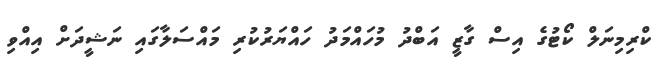
ކްރިމިނަލް ކޯޓުގެ އިސް ގާޒީ އަބްދު މުހައްމަދު ހައްޔަރުކުރި މައްސަލާގައި ނަޝީދަށް އިއްވި